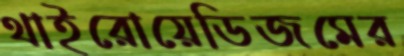
থাইরোয়েডিজমের